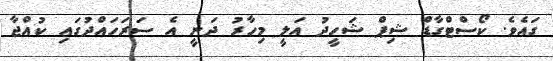
ގައެވެ. ކޯސްޓްގާޑް ޝިޕް ޝަހީދު އަލީ މިހާރު ދަނީ އެ ސަރަހައްދުގައި ކުއްޖާ